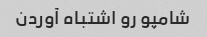
شامپو رو اشتباه آوردن